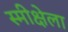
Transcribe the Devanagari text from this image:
स्मीक्षेला